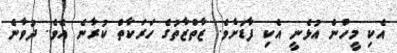
އެކި މީހުން އުޅެނީ އެކި ފާޑަށެވެ. ޒާތްޒާތުގެ ހަރަކާތް ކުރާނެ އެވެ. ދުވާނެ